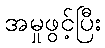
အမှုဖွင့်ပြီး